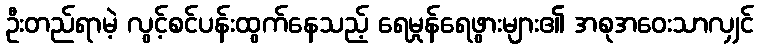
ဦးတည်ရာမဲ့ လွင့်စင်ပန်းထွက်နေသည့် ရေမှုန်ရေဖွားများ၏ အစုအဝေးသာလျှင်